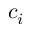
c _ { i }